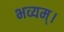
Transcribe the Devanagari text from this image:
भव्यम्।